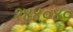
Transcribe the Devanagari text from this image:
१४४०४०